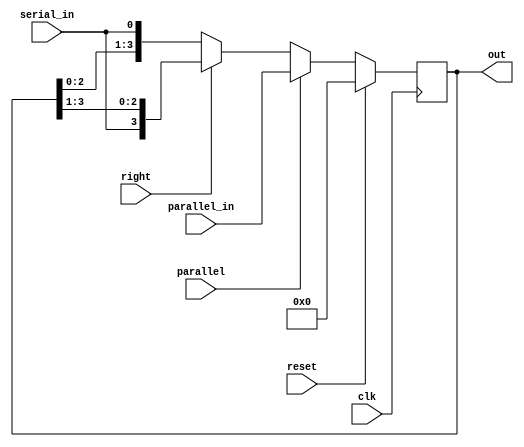
module register3 #(parameter W=4) (clk, parallel_in, serial_in, out, reset, parallel, right);

input [W-1:0] parallel_in;
input reset, clk, parallel, right, serial_in;
output reg [W-1:0] out;

	always @(posedge clk) begin
	
		if (reset)
			out = {W{1'b0}};
		else if(parallel)
			out = parallel_in;
		else if(right)
			out = {serial_in,out[W-1:1]};
		else
			out = {out[W-2:0],serial_in};
			
	end
endmodule